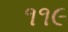
૧૧૯